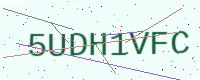
Text: 5UDH1VFC